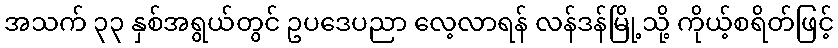
အသက် ၃၃ နှစ်အရွယ်တွင် ဥပဒေပညာ လေ့လာရန် လန်ဒန်မြို့သို့ ကိုယ့်စရိတ်ဖြင့်